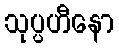
သုပ္ပဟီနော